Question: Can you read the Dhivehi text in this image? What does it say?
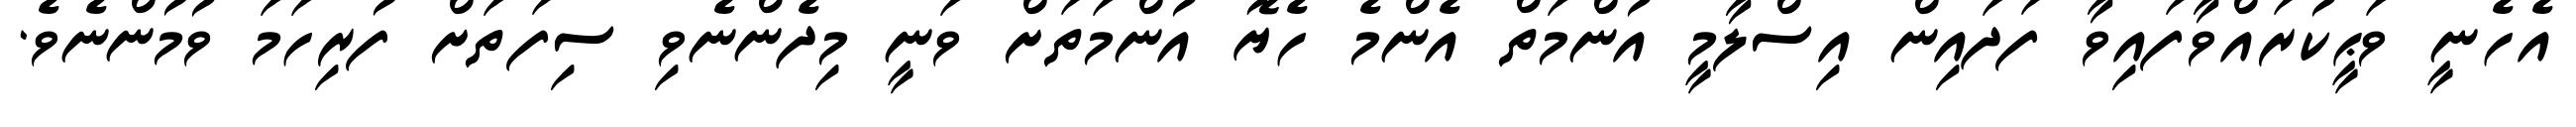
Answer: އެހެނީ ވަޙީކުރައްވާފައިވާ ފަދައިން އިސްލާމީ އުންމަތް އެންމެ ހެޔޮ އުންމަތަށް ވަނީ މިދެންނެވި ސިފަތަށް ފުރިހަމަ ވުމުންނެވެ.